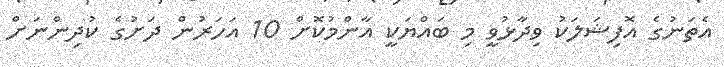
އެތަނުގެ އޮފިޝަލަކު ވިދާޅުވީ މި ބައްޔަކީ އާންމުކޮށް 10 އަހަރުން ދަށުގެ ކުދިންނަށް